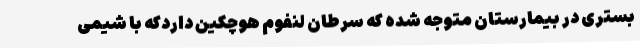
بستری در بیمارستان متوجه شده که سرطان لنفوم هوچکین داردکه با شیمی